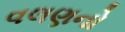
વલણનો